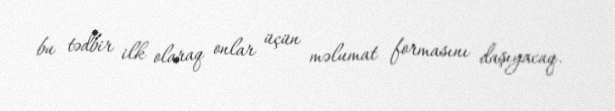
bu tədbir ilk olaraq onlar üçün məlumat formasını daşıyacaq.